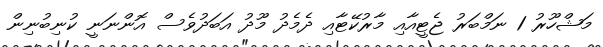
މަޝްހޫރު 1 ނަމްބަރު ޖެޓީއާއި މާރުކޭޓާއި ދެމެދު މޫދު އަބަދުވެސް އޮންނަނީ ކުނިބުނިން